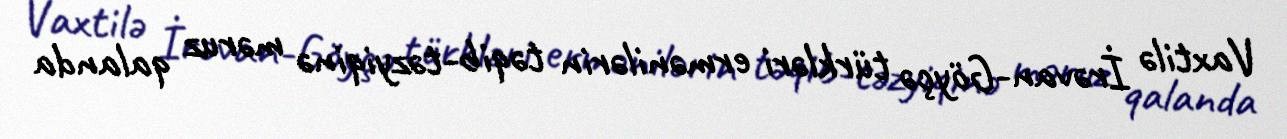
Vaxtilə İrəvan-Göyçə türkləri ermənilərin təqib-təzyiqinə məruz qalanda